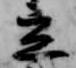
立